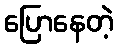
ပြောနေတဲ့